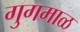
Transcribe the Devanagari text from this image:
गुगमाळ